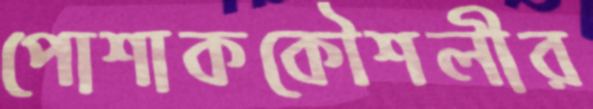
পোশাককৌশলীর